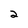
Character: 2